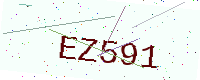
Text: EZ591